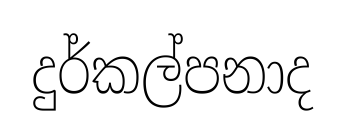
දුර්කල්පනාද